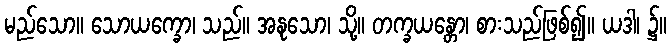
မည်သော။ သောယက္ခော၊ သည်။ အနုသော၊ သို့။ တက္ခယန္တော၊ စားသည်ဖြစ်၍။ ယဒါ၊ ၌။